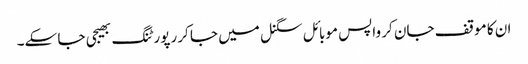
ان کا موقف جان کر واپس موبائل سگنل میں جا کر رپورٹنگ بھیجی جا سکے۔